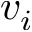
v _ { i }